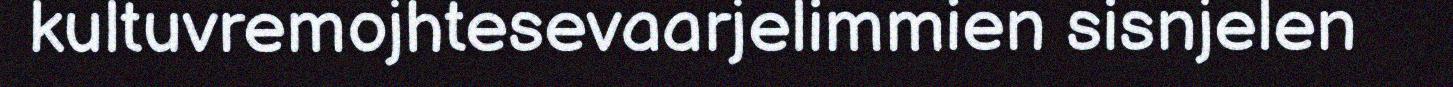
kultuvremojhtesevaarjelimmien sisnjelen